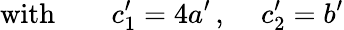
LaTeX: \mathrm{with}\qquad c_{1}^{\prime}=4a^{\prime}\, ,\, \quad c_{2}^{\prime}=b^{\prime}